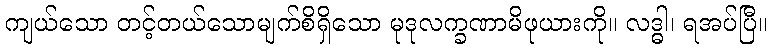
ကျယ်သော တင့်တယ်သောမျက်စိရှိသော မုဒုလက္ခဏာမိဖုယားကို။ လဒ္ဓါ၊ ရအပ်ပြီ။